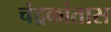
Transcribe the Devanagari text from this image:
चंद्रकांतास